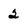
Character: 2